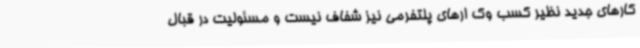
کارهای جدید نظیر کسب وک ارهای پلتفرمی نیز شفاف نیست و مسئولیت در قبال